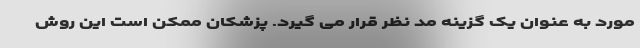
مورد به عنوان یک گزینه مد نظر قرار می گیرد. پزشکان ممکن است این روش